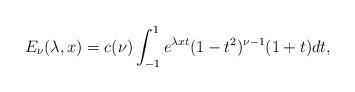
LaTeX: \begin{align*} \displaystyle E_\nu(\lambda,x)=c(\nu)\int_{-1}^1 e^{\lambda xt} (1-t^2)^{\nu-1}(1+t) dt, \end{align*}